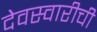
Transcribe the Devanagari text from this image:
देवस्वारीची